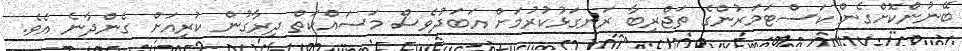
ބޭނުންކޮށްގެން ކަސްޓަމަރުންގެ ތަޖްރިބާ ރަނގަޅުކުރުމަށް އަބަދުވެސް މަސައްކަތް ދިރާގުން ކުރިއަށް ގެންދާނެ އެވެ.